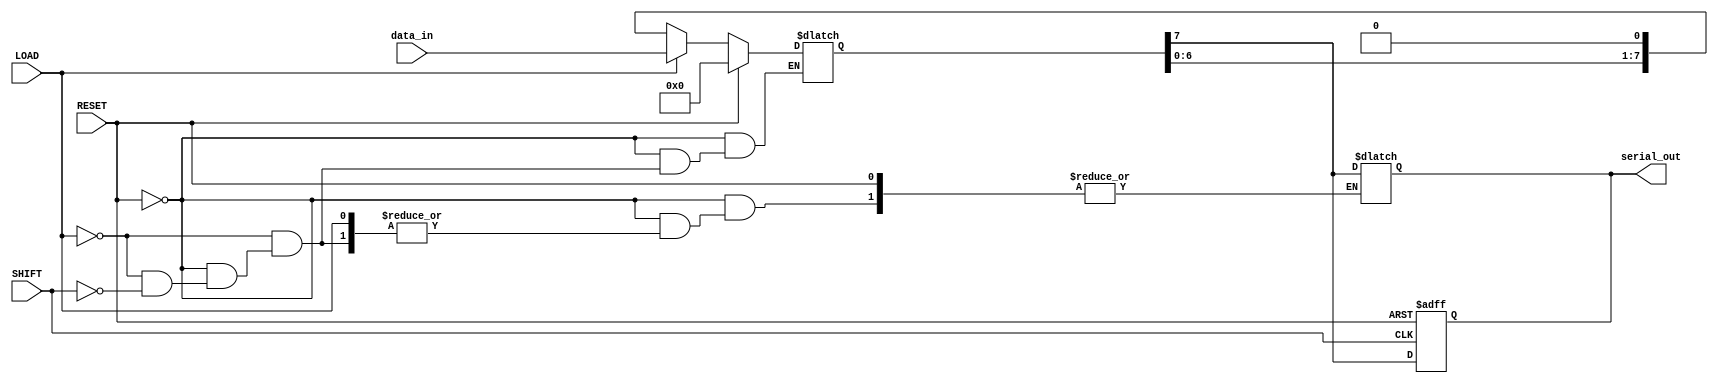
module PISO_Register #(parameter N = 8) (
    input wire [N-1:0] data_in,  // Parallel data input
    input wire LOAD,              // Load signal
    input wire SHIFT,             // Shift signal
    input wire RESET,             // Asynchronous reset
    output reg serial_out         // Serial output
);

    // Internal storage for the data
    reg [N-1:0] shift_reg;
    integer i;

    // Asynchronous Reset and Load Logic
    always @(*) begin
        if (RESET) begin
            shift_reg = 0;          // Clear the register on reset
        end else if (LOAD) begin
            shift_reg = data_in;    // Load the data into the register
        end else if (SHIFT) begin
            // Shift logic, shifting out MSB and adding zero to LSB
            serial_out = shift_reg[N-1];    // Output the MSB
            for (i = N-1; i > 0; i = i - 1) begin
                shift_reg[i] = shift_reg[i-1]; // Shift bits to the right
            end
            shift_reg[0] = 1'b0;    // New value for LSB after shift
        end
    end

    // Output the serial data
    always @(posedge SHIFT or posedge RESET) begin
        if (RESET) begin
            serial_out <= 1'b0;     // Reset serial output to zero
        end else if (SHIFT) begin
            serial_out <= shift_reg[N-1]; // Update serial output with MSB
        end
    end

endmodule